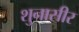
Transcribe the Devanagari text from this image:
शुनासीर